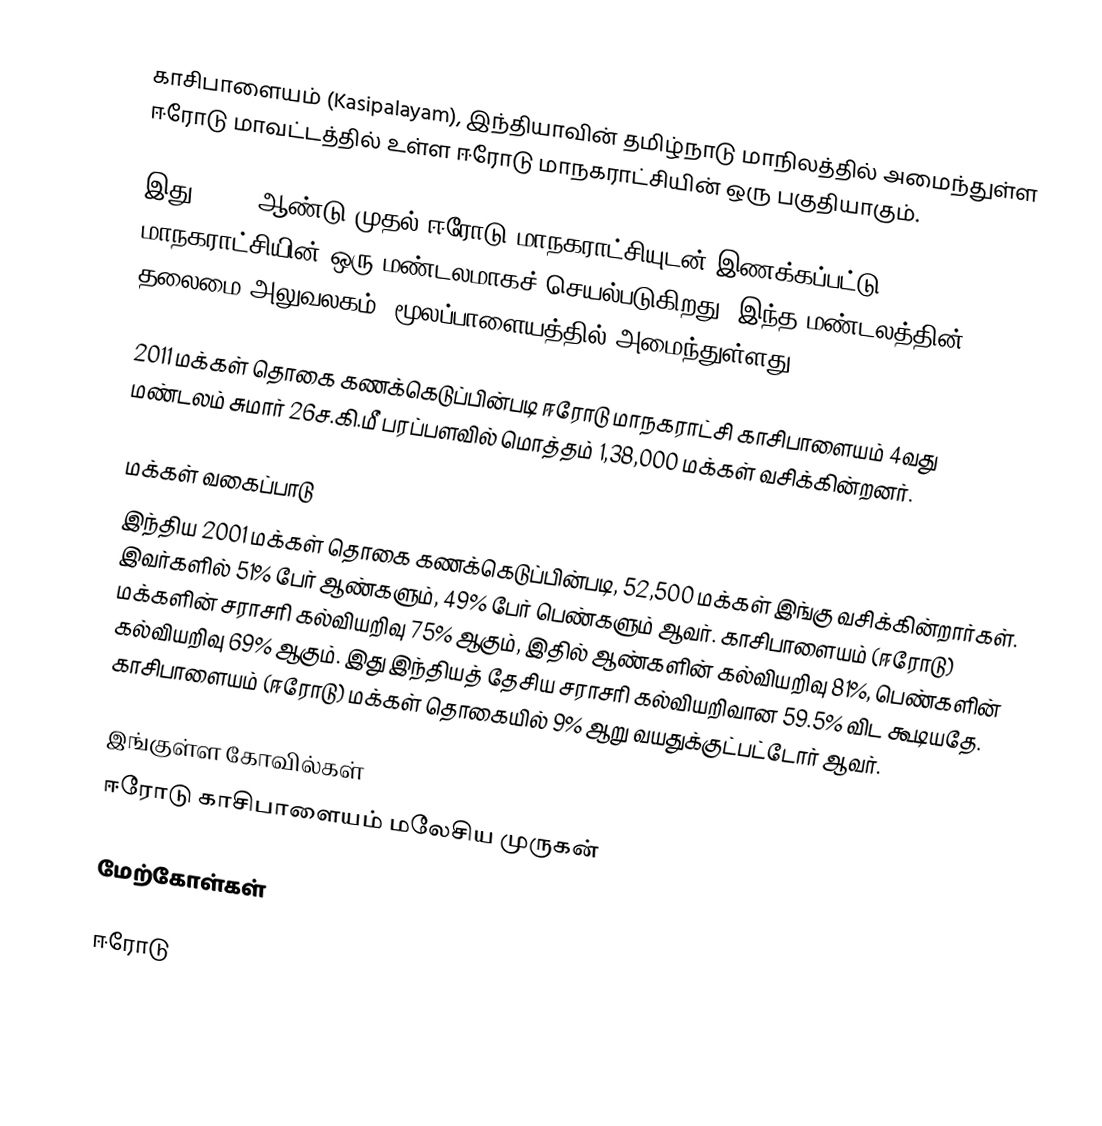
காசிபாளையம் (Kasipalayam), இந்தியாவின் தமிழ்நாடு மாநிலத்தில் அமைந்துள்ள ஈரோடு மாவட்டத்தில் உள்ள ஈரோடு மாநகராட்சியின் ஒரு பகுதியாகும்.

இது, 2011 ஆண்டு முதல் ஈரோடு மாநகராட்சியுடன் இணக்கப்பட்டு, மாநகராட்சியின் ஒரு மண்டலமாகச் செயல்படுகிறது. இந்த மண்டலத்தின் தலைமை அலுவலகம், மூலப்பாளையத்தில் அமைந்துள்ளது.

2011 மக்கள் தொகை கணக்கெடுப்பின்படி ஈரோடு மாநகராட்சி காசிபாளையம் 4வது மண்டலம் சுமார் 26ச.கி.மீ பரப்பளவில் மொத்தம் 1,38,000 மக்கள் வசிக்கின்றனர்.

மக்கள் வகைப்பாடு
இந்திய 2001 மக்கள் தொகை கணக்கெடுப்பின்படி, 52,500 மக்கள் இங்கு வசிக்கின்றார்கள். இவர்களில் 51% பேர் ஆண்களும், 49% பேர் பெண்களும் ஆவர். காசிபாளையம் (ஈரோடு) மக்களின் சராசரி கல்வியறிவு 75% ஆகும்,  இதில் ஆண்களின் கல்வியறிவு 81%,  பெண்களின் கல்வியறிவு 69% ஆகும். இது இந்தியத் தேசிய சராசரி கல்வியறிவான 59.5% விட கூடியதே. காசிபாளையம் (ஈரோடு) மக்கள் தொகையில் 9%  ஆறு வயதுக்குட்பட்டோர் ஆவர்.

இங்குள்ள கோவில்கள்
ஈரோடு காசிபாளையம் மலேசிய முருகன்

மேற்கோள்கள்

ஈரோடு